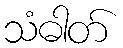
သံဓါတ်